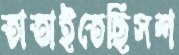
তাতাইতেছিসশ